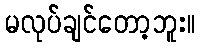
မလုပ်ချင်တော့ဘူး။